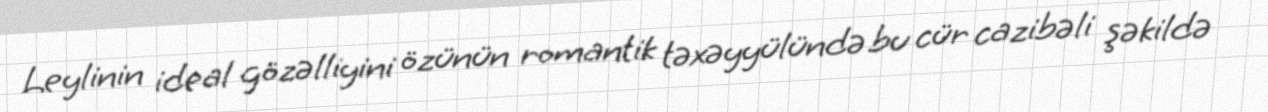
Leylinin ideal gözəlliyini özünün romantik təxəyyülündə bu cür cazibəli şəkildə